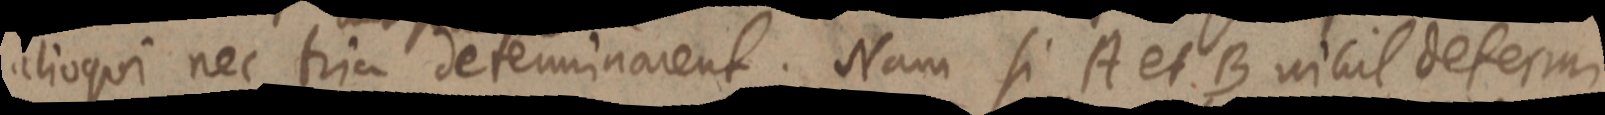
alioqui nec tria determinarent. Nam si A et B nihil determi